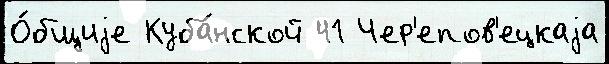
О́бщиjе Куба́нской 41 Чер'епов'ецкаjа